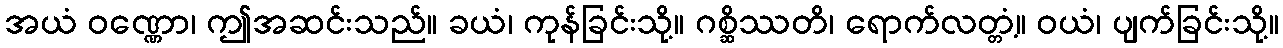
အယံ ဝဏ္ဏော၊ ဤအဆင်းသည်။ ခယံ၊ ကုန်ခြင်းသို့။ ဂစ္ဆိဿတိ၊ ရောက်လတ္တံ့။ ဝယံ၊ ပျက်ခြင်းသို့။